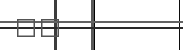
٣٩